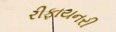
રીફાયનરી